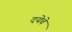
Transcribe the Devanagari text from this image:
दयेचे